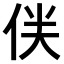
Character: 𠈫